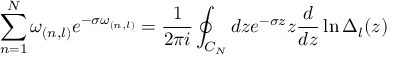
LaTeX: \sum _ { n = 1 } ^ { N } \omega _ { ( n , l ) } e ^ { - \sigma \omega _ { ( n , l ) } } = { \frac { 1 } { 2 \pi i } } \oint _ { C _ { N } } d z e ^ { - \sigma z } z { \frac { d } { d z } } \ln \Delta _ { l } ( z )